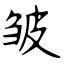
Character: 皱